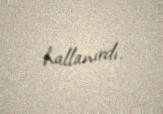
hallanırdı.